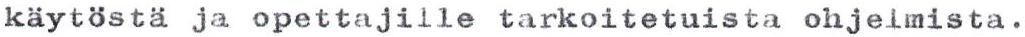
käytöstä ja opettajille tarkoitetuista ohjelmista.